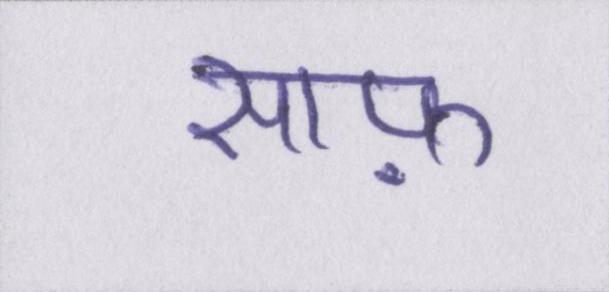
साफ़